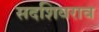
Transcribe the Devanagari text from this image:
सदशिवराव